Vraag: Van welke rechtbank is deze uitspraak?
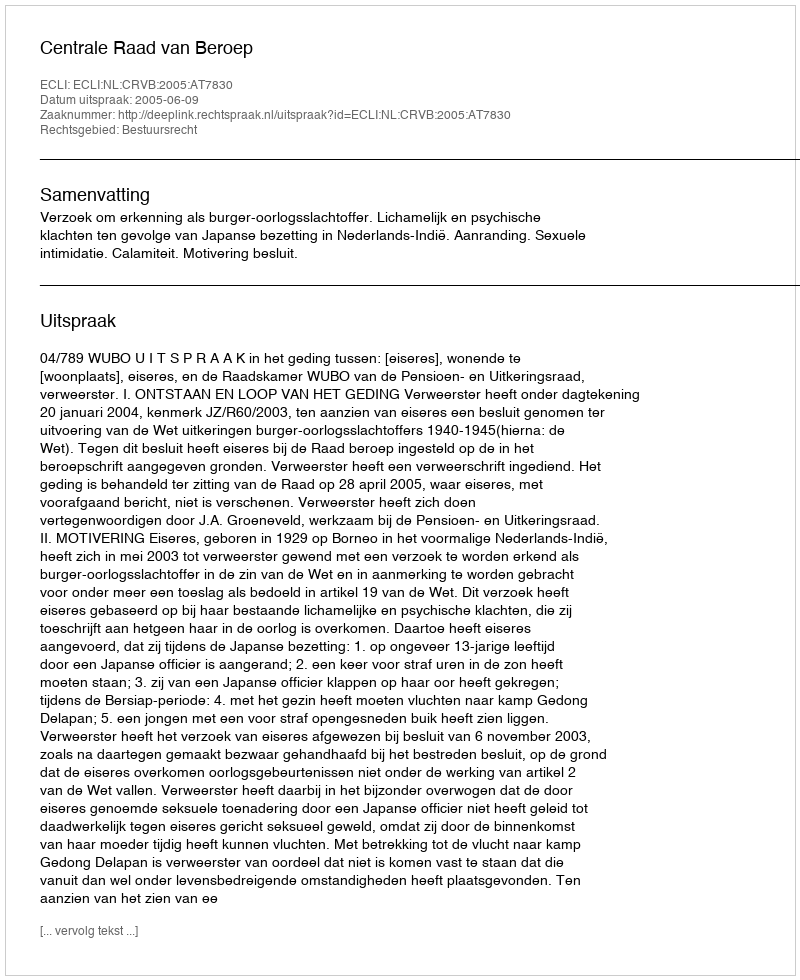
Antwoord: Centrale Raad van Beroep